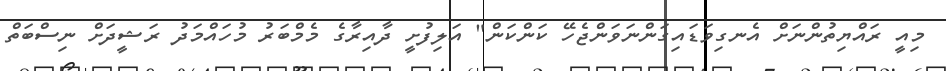
މިއީ ރައްޔިތުންނަށް އެނގިވަޑައިގަންނަވަންޖެހޭ ކަންކަން" އަލިފުށީ ދާއިރާގެ މެމްބަރު މުހައްމަދު ރަޝީދަށް ނިސްބަތް